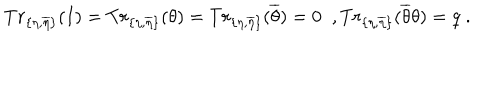
LaTeX: T r _ { \{ \eta , \overline { { { \eta } } } \} } ( I ) = T r _ { \{ \eta , \overline { { { \eta } } } \} } ( \theta ) = T r _ { \{ \eta , \overline { { { \eta } } } \} } ( \overline { { { \theta } } } ) = 0 \; \; , T r _ { \{ \eta , \overline { { { \eta } } } \} } ( \overline { { { \theta } } } \theta ) = q \; .